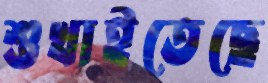
শুখাইতেছে